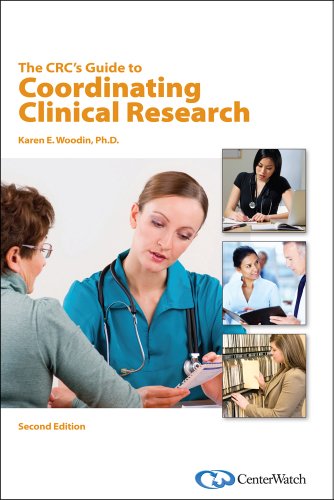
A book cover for The CRC's Guide to Coordinating Clinical Research, Second Edition; Karen E. Woodin; Medical Books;